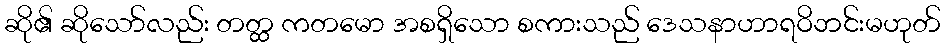
ဆို၏ ဆိုသော်လည်း တတ္ထ ကတမော အစရှိသော စကားသည် ဒေသနာဟာရဝိဘင်းမဟုတ်